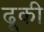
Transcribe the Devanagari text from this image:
ढूकी